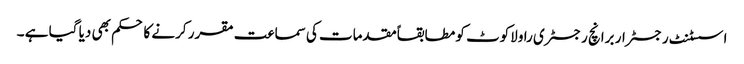
اسسٹنٹ رجسٹرار برانچ رجسٹری راولاکوٹ کو مطابقاًمقدمات کی سماعت مقرر کرنے کا حکم بھی دیا گیا ہے ۔